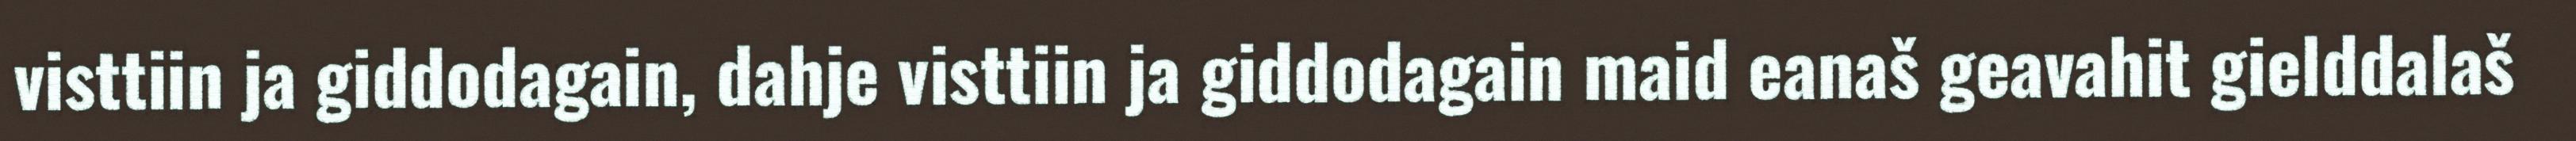
visttiin ja giddodagain, dahje visttiin ja giddodagain maid eanaš geavahit gielddalaš